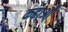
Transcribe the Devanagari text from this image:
कहाओं